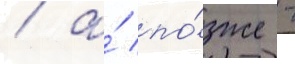
/ а́ по́зже -